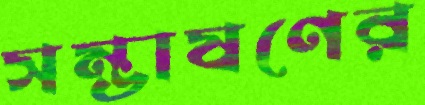
সম্ভাষণের